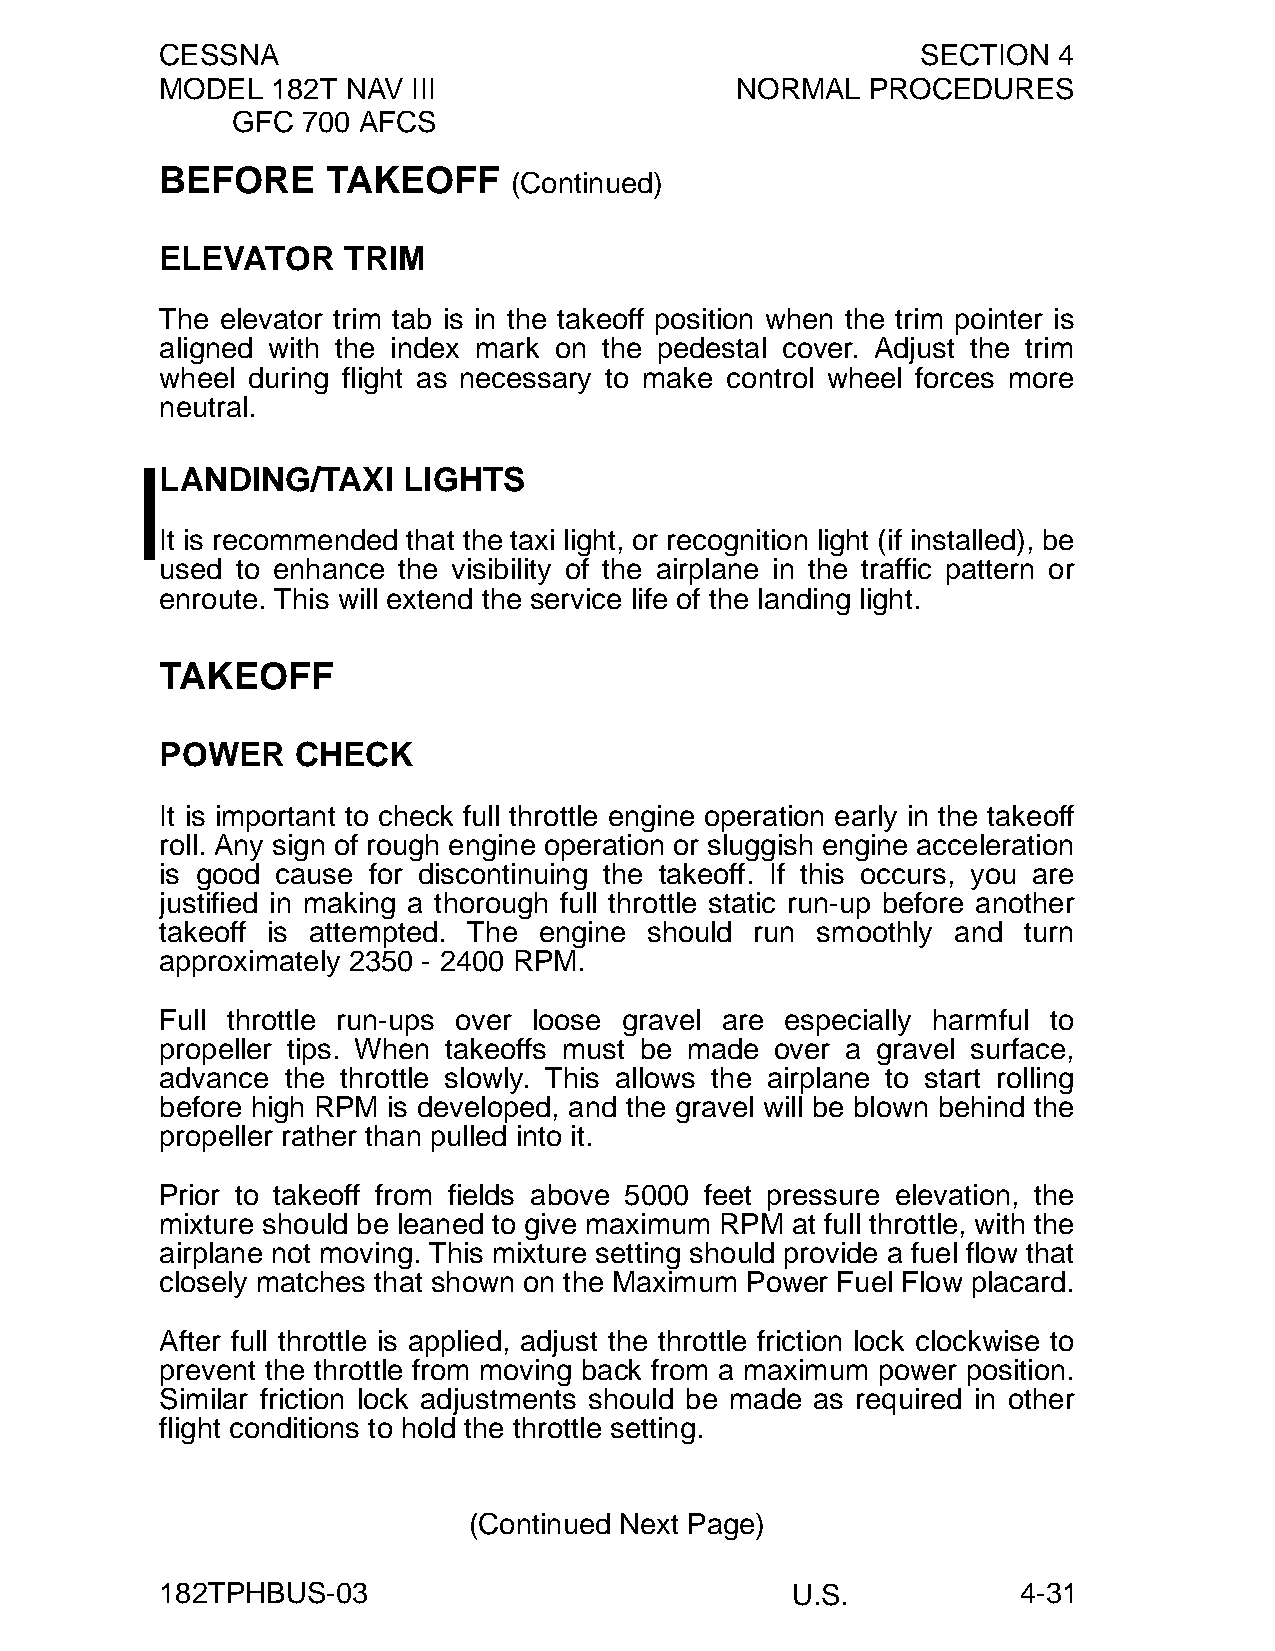
CESSNA                                            SECTION  4
 MODEL  182T NAV III                   NORMAL   PROCEDURES
 GFC  700 AFCS
 BEFORE     TAKEOFF
 (Continued)
 ELEVATOR    TRIM
 The elevator trim tab is in the takeoff position when the trim pointer is
 aligned with the index mark on the pedestal cover. Adjust the trim
 wheel during flight as necessary to make control wheel forces more
 neutral.
 LANDING/TAXI    LIGHTS
 It is recommended that the taxi light, or recognition light (if installed), be
 used to enhance the visibility of the airplane in the traffic pattern or
 enroute. This will extend the service life of the landing light.
 TAKEOFF
 POWER   CHECK
 It is important to check full throttle engine operation early in the takeoff
 roll. Any sign of rough engine operation or sluggish engine acceleration
 is good cause for discontinuing the takeoff. If this occurs, you are
 justified in making a thorough full throttle static run-up before another
 takeoff is attempted. The engine should run smoothly and turn
 approximately 2350 - 2400 RPM.
 Full throttle run-ups over loose gravel are especially harmful to
 propeller tips. When takeoffs must be made over a gravel surface,
 advance the throttle slowly. This allows the airplane to start rolling
 before high RPM is developed, and the gravel will be blown behind the
 propeller rather than pulled into it.
 Prior to takeoff from fields above 5000 feet pressure elevation, the
 mixture should be leaned to give maximum RPM at full throttle, with the
 airplane not moving. This mixture setting should provide a fuel flow that
 closely matches that shown on the Maximum Power Fuel Flow placard.
 After full throttle is applied, adjust the throttle friction lock clockwise to
 prevent the throttle from moving back from a maximum power position.
 Similar friction lock adjustments should be made as required in other
 flight conditions to hold the throttle setting.
 (Continued Next Page)
 182TPHBUS-03                             U.S.            4-31